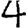
Digit: 4